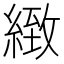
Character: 緻